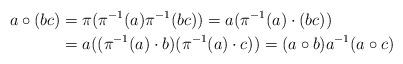
LaTeX: \begin{align*} a\circ (bc)&=\pi(\pi^{-1}(a)\pi^{-1}(bc))=a(\pi^{-1}(a)\cdot (bc))\\ &=a( (\pi^{-1}(a)\cdot b)(\pi^{-1}(a)\cdot c)) =(a\circ b)a^{-1}(a\circ c) \end{align*}